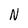
Character: N